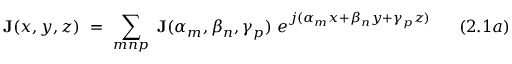
\mathbf { J } ( x , y , z ) ~ = ~ \sum _ { m n p } ~ \mathbf { J } ( \alpha _ { m } , \beta _ { n } , \gamma _ { p } ) ~ e ^ { j ( \alpha _ { m } x + \beta _ { n } y + \gamma _ { p } z ) } ~ ~ ~ ~ ~ ( 2 . 1 a )